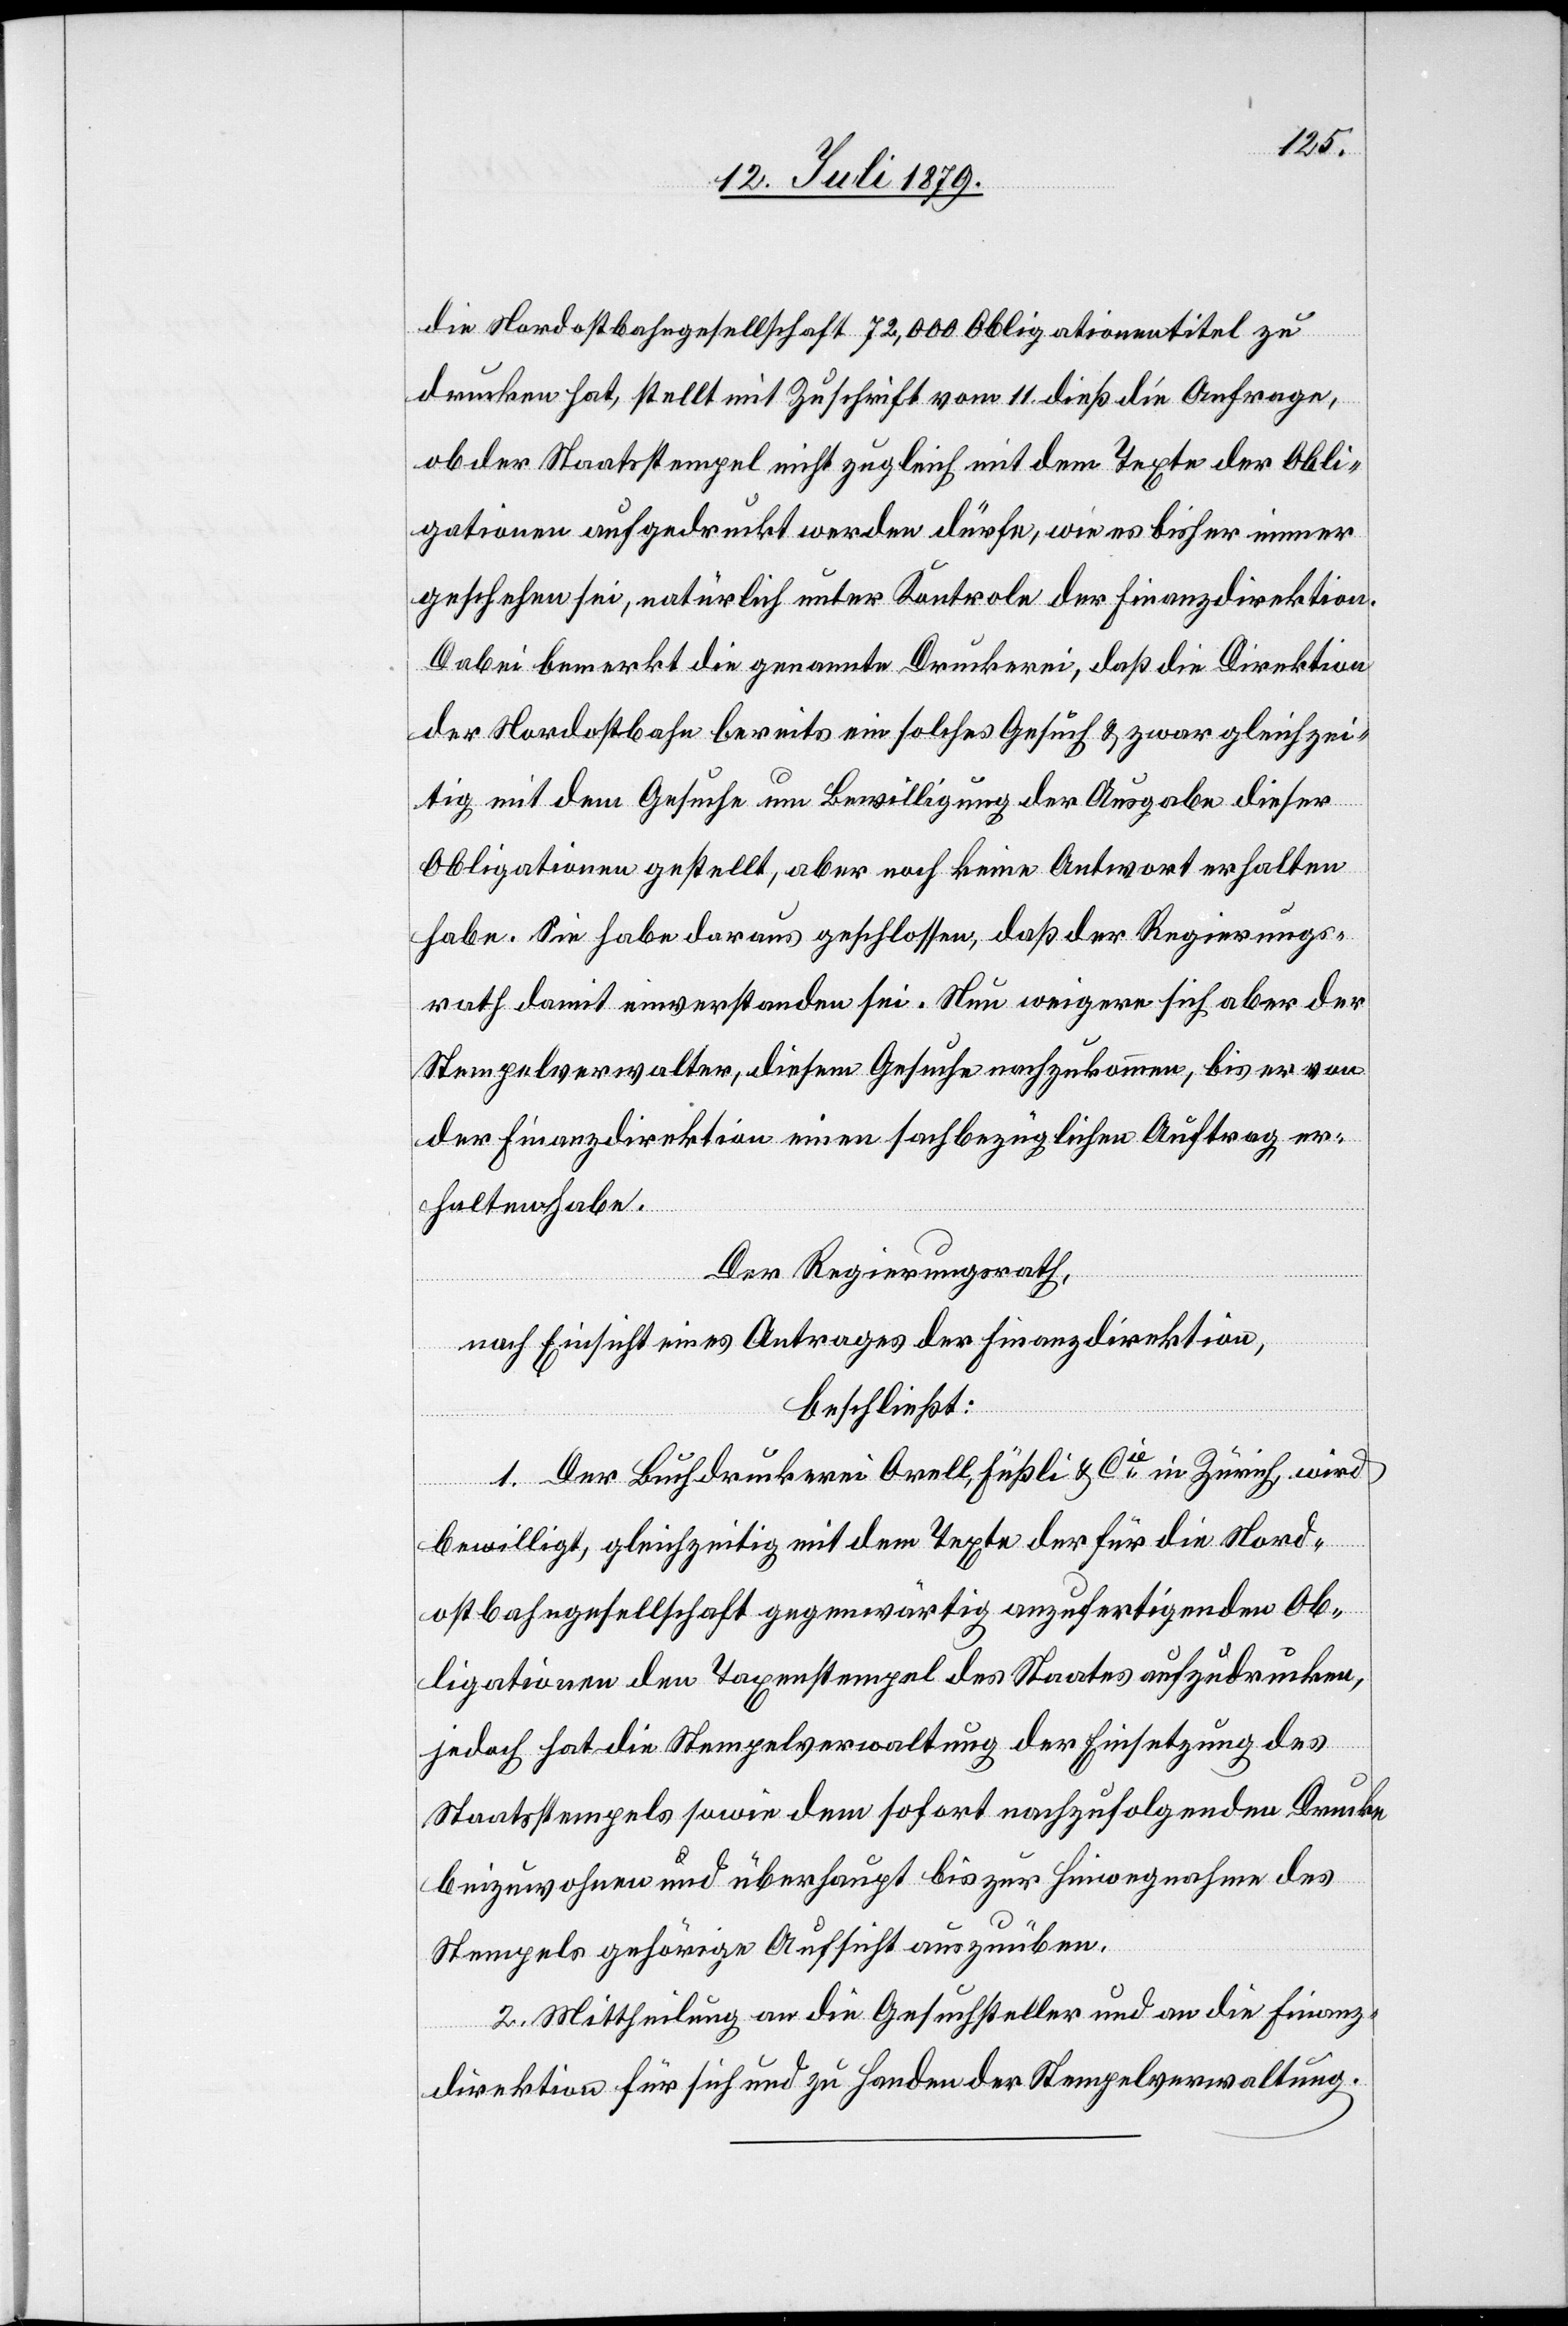
die Nordostbahngesellschaft 72,000 Obligationentitel zu
drucken hat, stellt mit Zuschrift vom 11. dieß die Anfrage,
ob der Staatsstempel nicht zugleich mit dem Texte der Obli¬
gationen aufgedruckt werden dürfe, wie es bisher immer
geschehen sei, natürlich unter Kontrole der Finanzdirektion.
Dabei bemerkt die genannte Druckerei, daß die Direktion
der Nordostbahn bereits ein solches Gesuch & zwar gleichzei¬
tig mit dem Gesuche um Bewilligung der Ausgabe dieser
Obligationen gestellt, aber noch keine Antwort erhalten
habe. Sie habe daraus geschlossen, daß der Regierungs¬
rath damit einverstanden sei. Nun weigere sich aber der
Stempelverwalter, diesem Gesuche nachzukommen, bis er von
der Finanzdirektion einen sachbezüglichen Auftrag er¬
halten habe.
Der Regierungsrath,
nach Einsicht eines Antrages der Finanzdirektion,
beschließt:
1. Der Buchdruckerei Orell, Füßli & Cie in Zürich, wird
bewilligt, gleichzeitig mit dem Texte der für die Nord¬
ostbahngesellschaft gegenwärtig anzufertigenden Ob¬
ligationen den Taxenstempel des Staates aufzudrucken,
jedoch hat die Stempelverwaltung der Einsetzung des
Staatsstempels sowie dem sofort nachzufolgenden Drucke
beizuwohnen und überhaupt bis zur Hinwegnahme des
Stempels gehörige Aufsicht auszuüben.
2. Mittheilung an die Gesuchsteller und an die Finanz¬
direktion für sich und zu Handen der Stempelverwaltung.